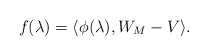
\begin{align*}f(\lambda) = \langle \phi(\lambda), W_M - V \rangle. \end{align*}